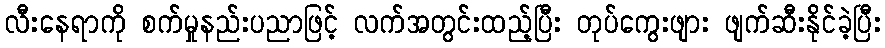
လီးနေရာကို စက်မှုနည်းပညာဖြင့် လက်အတွင်းထည့်ပြီး တုပ်ကွေးဖျား ဖျက်ဆီးနိုင်ခဲ့ပြီး